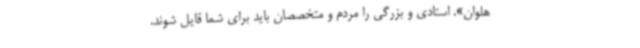
هلوان». استادی و بزرگی را مردم و متخصصان باید برای شما قایل شوند.